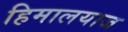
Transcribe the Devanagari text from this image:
हिमालयाज